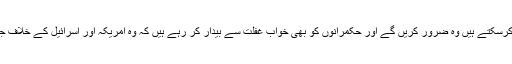
ہم پاکستان میں رہتے ہوئے جو کرسکتے ہیں وہ ضرور کریں گے اور حکمرانوں کو بھی خواب غفلت سے بیدار کر رہے ہیں کہ وہ امریکہ اور اسرائیل کے خلاف جرات مندانہ مؤقف اختیار کریں''۔